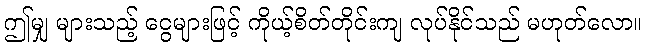
ဤမျှ များသည့် ငွေများဖြင့် ကိုယ့်စိတ်တိုင်းကျ လုပ်နိုင်သည် မဟုတ်လော။